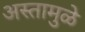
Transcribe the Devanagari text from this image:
अस्तामुळे